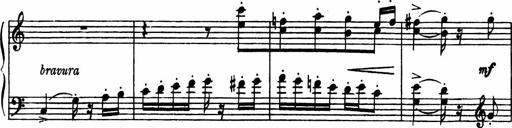
Title: Sonatilla
Composer: Mortimer Wilson
Key: C major